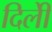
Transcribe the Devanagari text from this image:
दिलीे